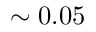
\sim 0 . 0 5